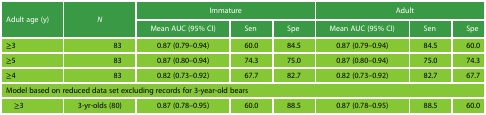
<table><thead><tr><td rowspan="2"><b>Adult age (y)</b></td><td rowspan="2"><b><i>N</i></b></td><td colspan="3"><b>Immature</b></td><td colspan="3"><b>Adult</b></td></tr><tr><td><b>Mean AUC (95% CI)</b></td><td><b>Sen</b></td><td><b>Spe</b></td><td><b>Mean AUC (95% CI)</b></td><td><b>Sen</b></td><td><b>Spe</b></td></tr></thead><tbody><tr><td>≥3</td><td>83</td><td>0.87 (0.79–0.94)</td><td>60.0</td><td>84.5</td><td>0.87 (0.79–0.94)</td><td>84.5</td><td>60.0</td></tr><tr><td>≥5</td><td>83</td><td>0.87 (0.80–0.94)</td><td>74.3</td><td>75.0</td><td>0.87 (0.80–0.94)</td><td>75.0</td><td>74.3</td></tr><tr><td>≥4</td><td>83</td><td>0.82 (0.73–0.92)</td><td>67.7</td><td>82.7</td><td>0.82 (0.73–0.92)</td><td>82.7</td><td>67.7</td></tr><tr><td colspan="8">Model based on reduced data set excluding records for 3-year-old bears</td></tr><tr><td> ≥3</td><td>3-yr-olds (80)</td><td>0.87 (0.78–0.95)</td><td>60.0</td><td>88.5</td><td>0.87 (0.78–0.95)</td><td>88.5</td><td>60.0</td></tr></tbody></table>